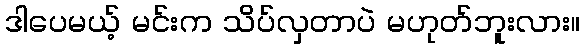
ဒါပေမယ့် မင်းက သိပ်လှတာပဲ မဟုတ်ဘူးလား။